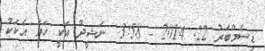
ޑިސެމްބަރު 22